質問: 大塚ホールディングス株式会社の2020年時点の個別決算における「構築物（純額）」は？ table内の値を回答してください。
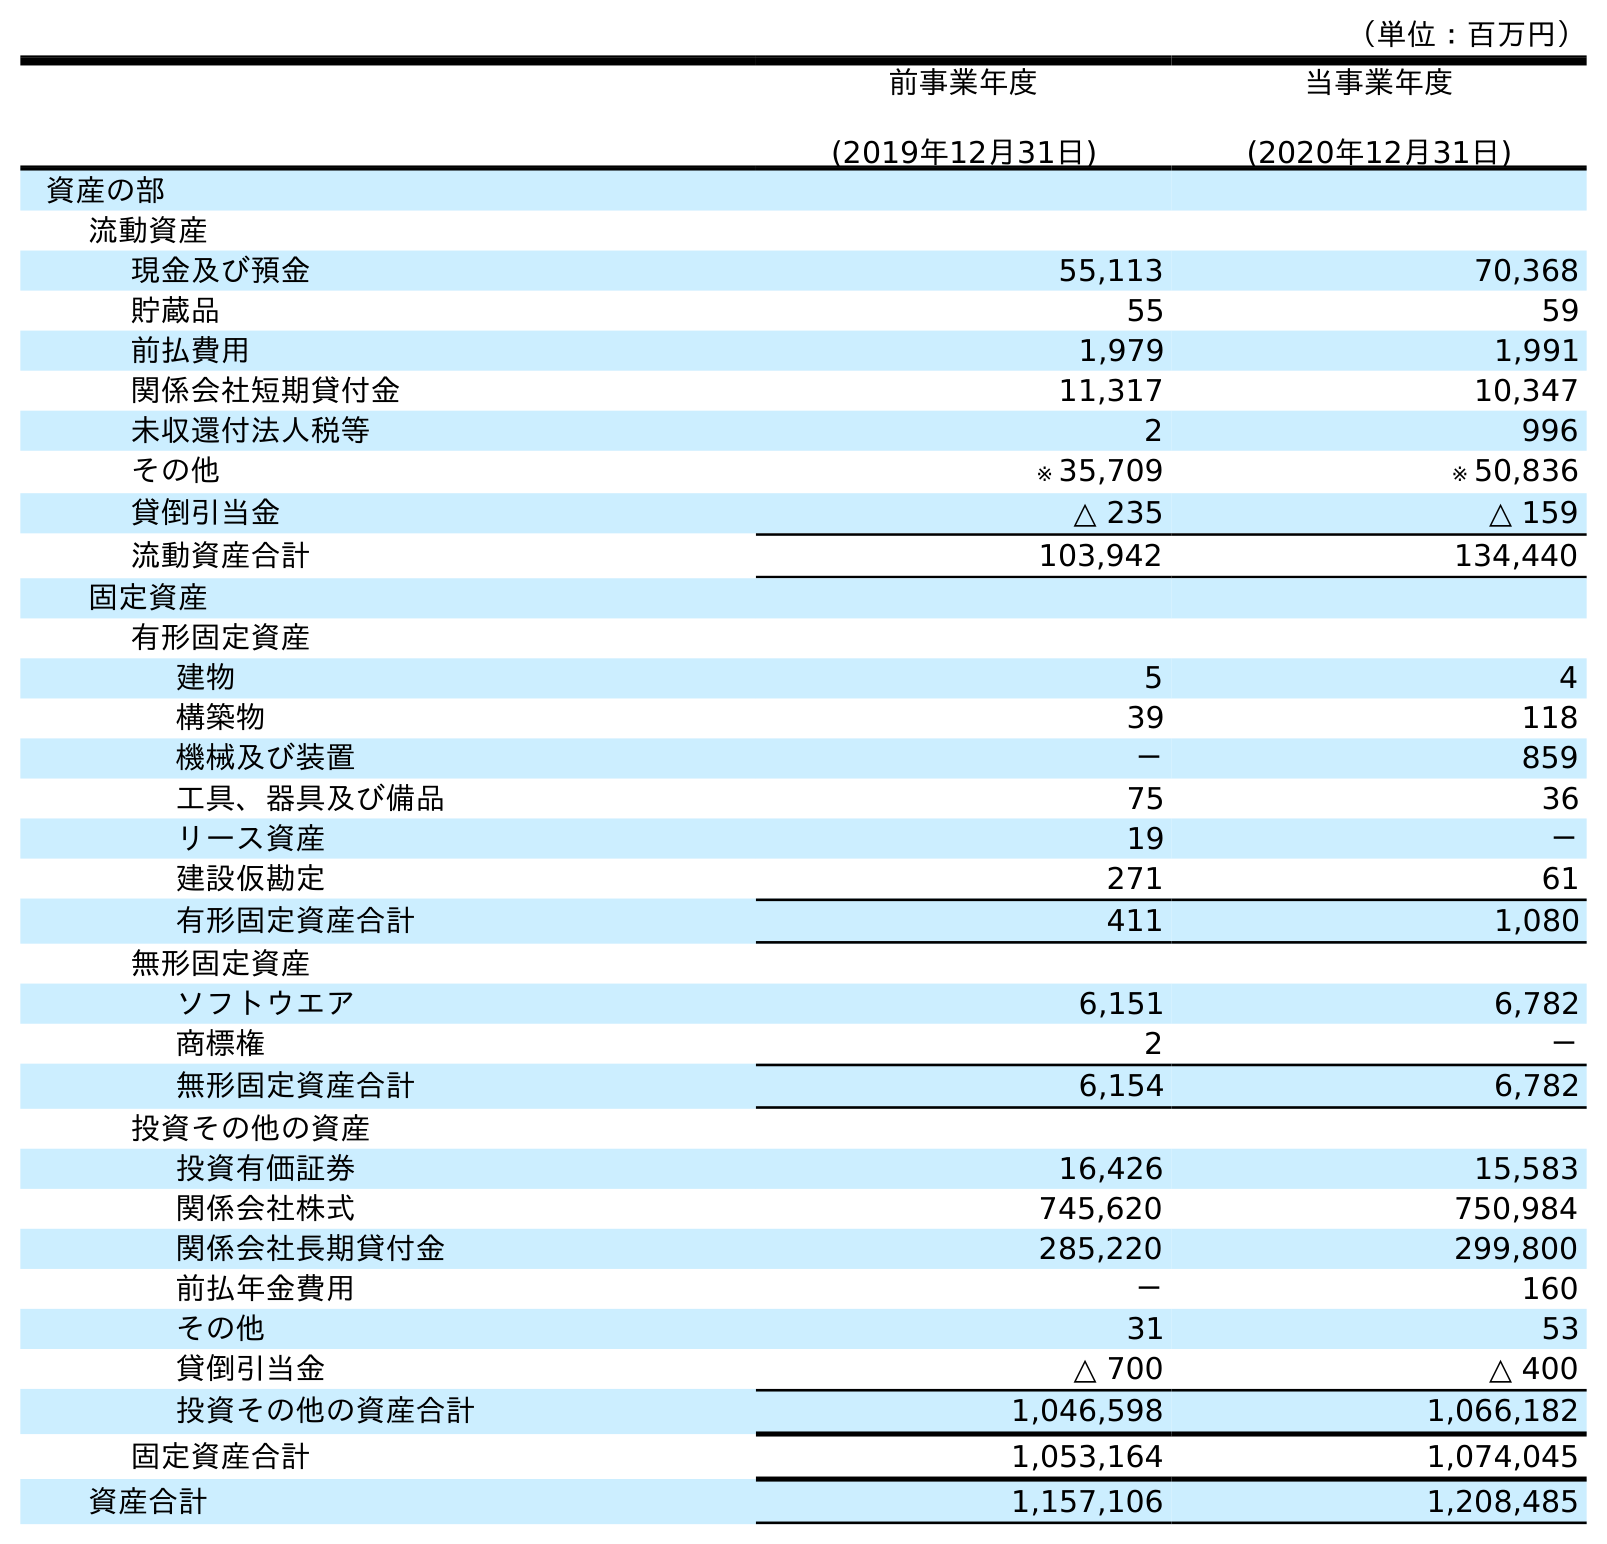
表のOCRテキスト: （単位：百万円） 前事業年度 (2019年12月31日) 当事業年度 (2020年12月31日) 資産の部 流動資産 現金及び預金 55,113 70,368 貯蔵品 55 59 前払費用 1,979 1,991 関係会社短期貸付金 11,317 10,347 未収還付法人税等 2 996 その他 ※ 35,709 ※ 50,836 貸倒引当金 △ 235 △ 159 流動資産合計 103,942 134,440 固定資産 有形固定資産 建物 5 4 構築物 39 118 機械及び装置 － 859 工具、器具及び備品 75 36 リース資産 19 － 建設仮勘定 271 61 有形固定資産合計 411 1,080 無形固定資産 ソフトウエア 6,151 6,782 商標権 2 － 無形固定資産合計 6,154 6,782 投資その他の資産 投資有価証券 16,426 15,583 関係会社株式 745,620 750,984 関係会社長期貸付金 285,220 299,800 前払年金費用 － 160 その他 31 53 貸倒引当金 △ 700 △ 400 投資その他の資産合計 1,046,598 1,066,182 固定資産合計 1,053,164 1,074,045 資産合計 1,157,106 1,208,485
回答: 118